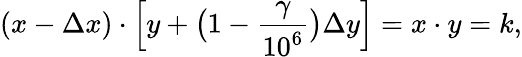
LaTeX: (x-\Delta x)\cdot\Big[y+\big(1-\frac{\gamma}{10^{6}}\big)\Delta y\Big]=x\cdot y=k,